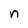
Character: n